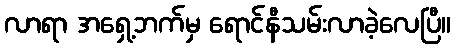
လာရာ အရှေ့ဘက်မှ ရောင်နီသမ်းလာခဲ့လေပြီ။